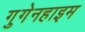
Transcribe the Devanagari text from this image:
गुगेनहाइम